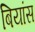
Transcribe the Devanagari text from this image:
बियांस